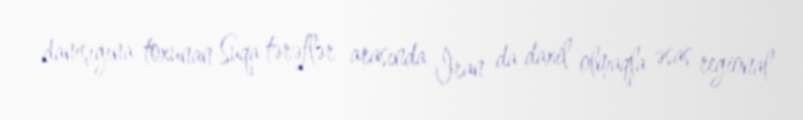
danışığına toxunan Suqa tərəflər arasında İran da daxil olmaqla əsas regional